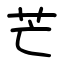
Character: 芒